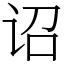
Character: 诏